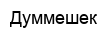
Думмешек